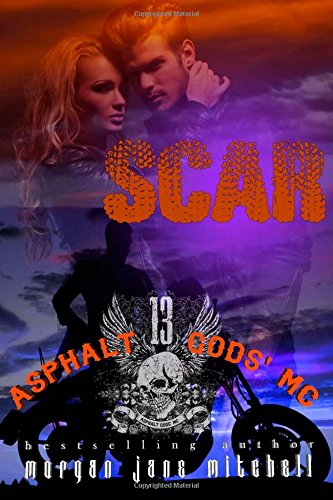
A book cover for Scar (Asphalt Gods' MC) (Volume 1); Morgan Jane Mitchell; Romance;